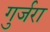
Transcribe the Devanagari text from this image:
गुर्जरा